画像に写った文字を読んでください
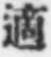
「適」と書いてあります